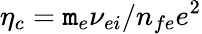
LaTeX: \eta_{c}=\mathtt{m}_{e}\nu_{ei}/n_{fe}e^{2}